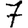
Digit: 7